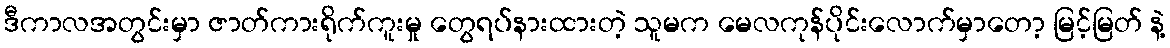
ဒီကာလအတွင်းမှာ ဇာတ်ကားရိုက်ကူးမှု တွေရပ်နားထားတဲ့ သူမက မေလကုန်ပိုင်းလောက်မှာတော့ မြင့်မြတ် နဲ့